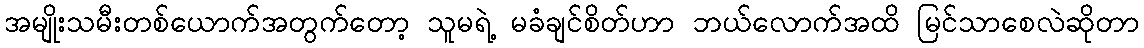
အမျိုးသမီးတစ်ယောက်အတွက်တော့ သူမရဲ့ မခံချင်စိတ်ဟာ ဘယ်လောက်အထိ မြင်သာစေလဲဆိုတာ